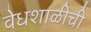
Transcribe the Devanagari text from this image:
वेधशाळीची